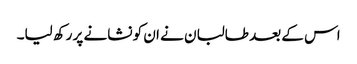
اس کے بعد طالبان نے ان کو نشانے پر رکھ لیا۔